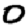
Digit: 0